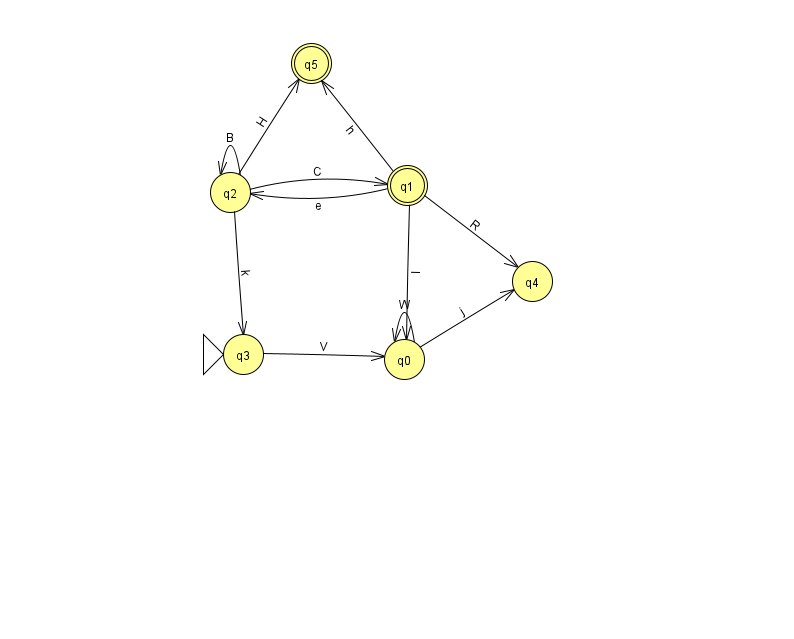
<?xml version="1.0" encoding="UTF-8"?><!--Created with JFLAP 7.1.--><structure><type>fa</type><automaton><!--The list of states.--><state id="0" name="q0"><x>404.0</x><y>346.0</y></state><state id="1" name="q1"><x>407.0</x><y>172.0</y><final/></state><state id="2" name="q2"><x>230.0</x><y>179.0</y></state><state id="3" name="q3"><x>243.0</x><y>341.0</y><initial/></state><state id="4" name="q4"><x>532.0</x><y>268.0</y></state><state id="5" name="q5"><x>311.0</x><y>50.0</y><final/></state><!--The list of transitions.--><transition><from>1</from><to>4</to><read>R</read></transition><transition><from>2</from><to>2</to><read>B</read></transition><transition><from>2</from><to>5</to><read>H</read></transition><transition><from>0</from><to>0</to><read>W</read></transition><transition><from>2</from><to>1</to><read>C</read></transition><transition><from>0</from><to>4</to><read>j</read></transition><transition><from>1</from><to>0</to><read>I</read></transition><transition><from>3</from><to>0</to><read>V</read></transition><transition><from>1</from><to>2</to><read>e</read></transition><transition><from>1</from><to>5</to><read>h</read></transition><transition><from>2</from><to>3</to><read>k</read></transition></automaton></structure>